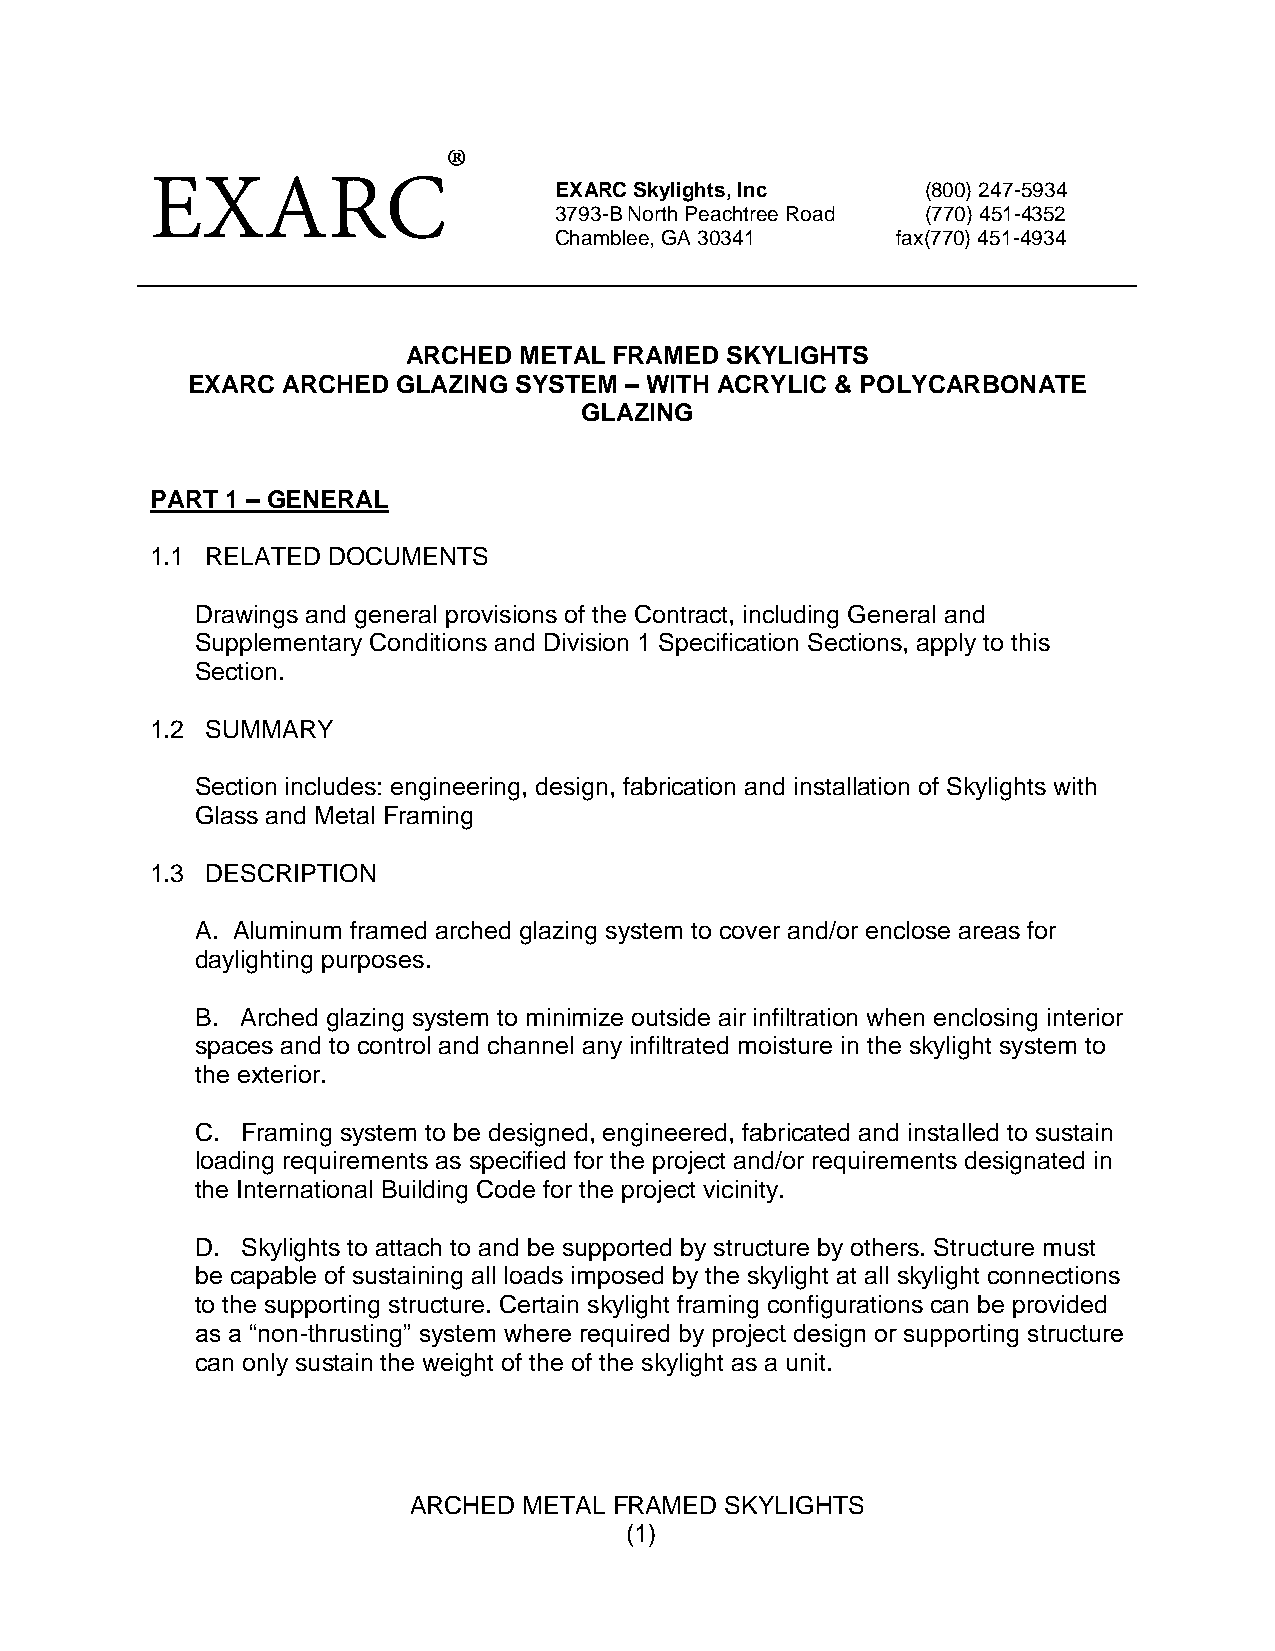
EXARC Skylights, Inc    (800) 247-5934
 3793-B North Peachtree Road (770) 451-4352
 Chamblee, GA 30341    fax(770) 451-4934
 ARCHED METAL  FRAMED SKYLIGHTS
 EXARC  ARCHED GLAZING SYSTEM – WITH ACRYLIC & POLYCARBONATE
 GLAZING
 PART 1 – GENERAL
 1.1 RELATED DOCUMENTS
 Drawings and general provisions of the Contract, including General and
 Supplementary Conditions and Division 1 Specification Sections, apply to this
 Section.
 1.2 SUMMARY
 Section includes: engineering, design, fabrication and installation of Skylights with
 Glass and Metal Framing
 1.3 DESCRIPTION
 A. Aluminum framed arched glazing system to cover and/or enclose areas for
 daylighting purposes.
 B. Arched glazing system to minimize outside air infiltration when enclosing interior
 spaces and to control and channel any infiltrated moisture in the skylight system to
 the exterior.
 C. Framing system to be designed, engineered, fabricated and installed to sustain
 loading requirements as specified for the project and/or requirements designated in
 the International Building Code for the project vicinity.
 D. Skylights to attach to and be supported by structure by others. Structure must
 be capable of sustaining all loads imposed by the skylight at all skylight connections
 to the supporting structure. Certain skylight framing configurations can be provided
 as a “non-thrusting” system where required by project design or supporting structure
 can only sustain the weight of the of the skylight as a unit.
 ARCHED  METAL FRAMED SKYLIGHTS
 (1)